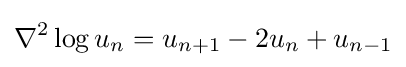
\displaystyle \nabla ^{2}\log u_{n}=u_{n+1}-2u_{n}+u_{n-1}